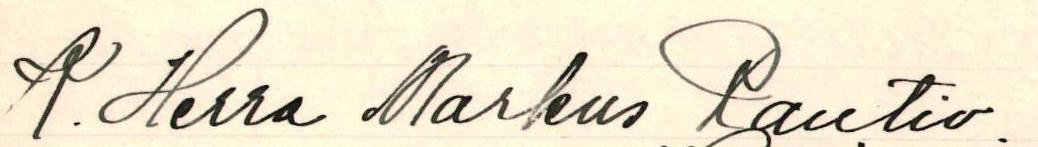
A. Herra Markus Rautio.